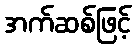
အက်ဆစ်ဖြင့်